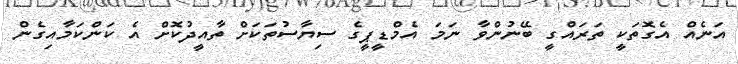
އަނެއް އެގޮތަކީ ތަރައްގީ ބޭނުންވާ ނަމަ އެމްޑީޕީގެ ސިޔާސުތަކަަށް ތާއީދުކޮށް އެ ކަންކަމާއިގެން